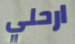
ارحلي